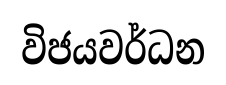
විජයවර්ධන